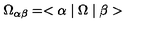
\Omega _ { \alpha \beta } = < \alpha \mid \Omega \mid \beta >